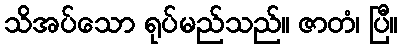
သိအပ်သော ရုပ်မည်သည်။ ဇာတံ၊ ပြီ။